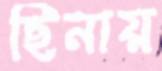
ছিনায়